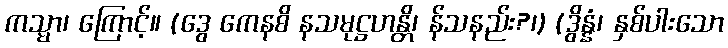
ကသ္မာ၊ ကြောင့်။ (ဒွေ ကေနစိ နသမုဋ္ဌဟန္တိ၊ န်သနည်း?၊) (ဒွိန္နံ၊ နှစ်ပါးသော